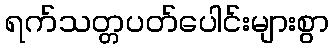
ရက်သတ္တပတ်ပေါင်းများစွာ